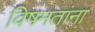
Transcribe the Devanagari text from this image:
विषमतांना